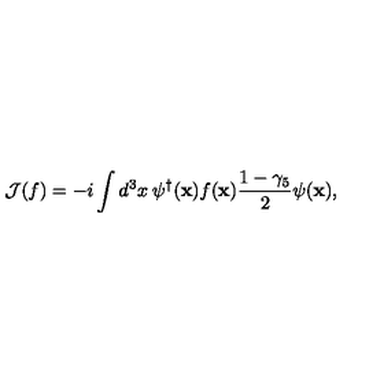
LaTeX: { \cal J } ( f ) = - i \int { d ^ { 3 } x \: { \psi ^ { \dagger } ( { \bf x } ) } f ( { \bf x } ) \frac { 1 - \gamma _ { 5 } } { 2 } \psi ( { \bf x } ) } ,